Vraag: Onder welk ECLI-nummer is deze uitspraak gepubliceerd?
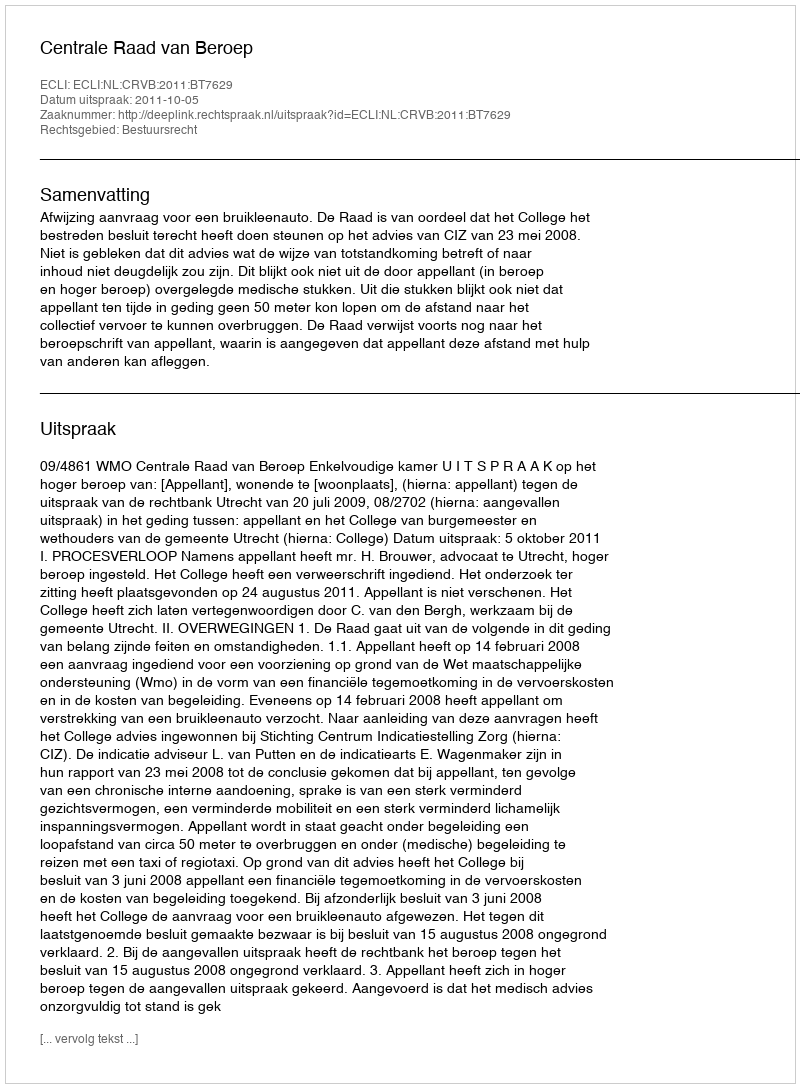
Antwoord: ECLI:NL:CRVB:2011:BT7629